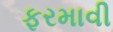
ફરમાવી